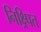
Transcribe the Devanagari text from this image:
निक्ष्र्पित